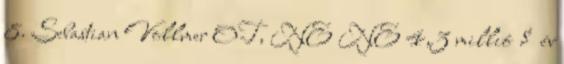
8. Sebastian Vollmer OT, NE NE 4,3 millió $ év